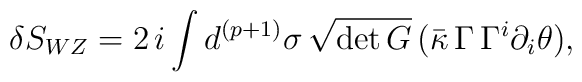
\delta S_{WZ} = 2 \, i \int d^{(p+1)} \sigma \, \sqrt{\det G} \,  (\bar{\kappa}\, \Gamma\,\Gamma^i \partial_i \theta),